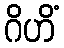
ဂိဟိံ